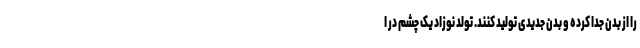
را از بدن جدا کرده و بدن جدیدی تولید کنند. تولد نوزاد یک چشم در ا